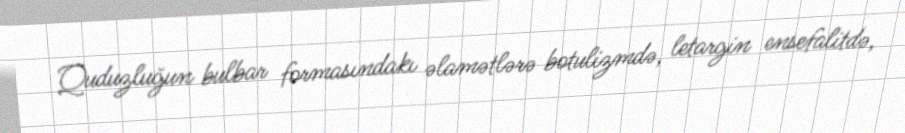
Quduzluğun bulbar formasındakı əlamətlərə botulizmdə, letargin ensefalitdə,